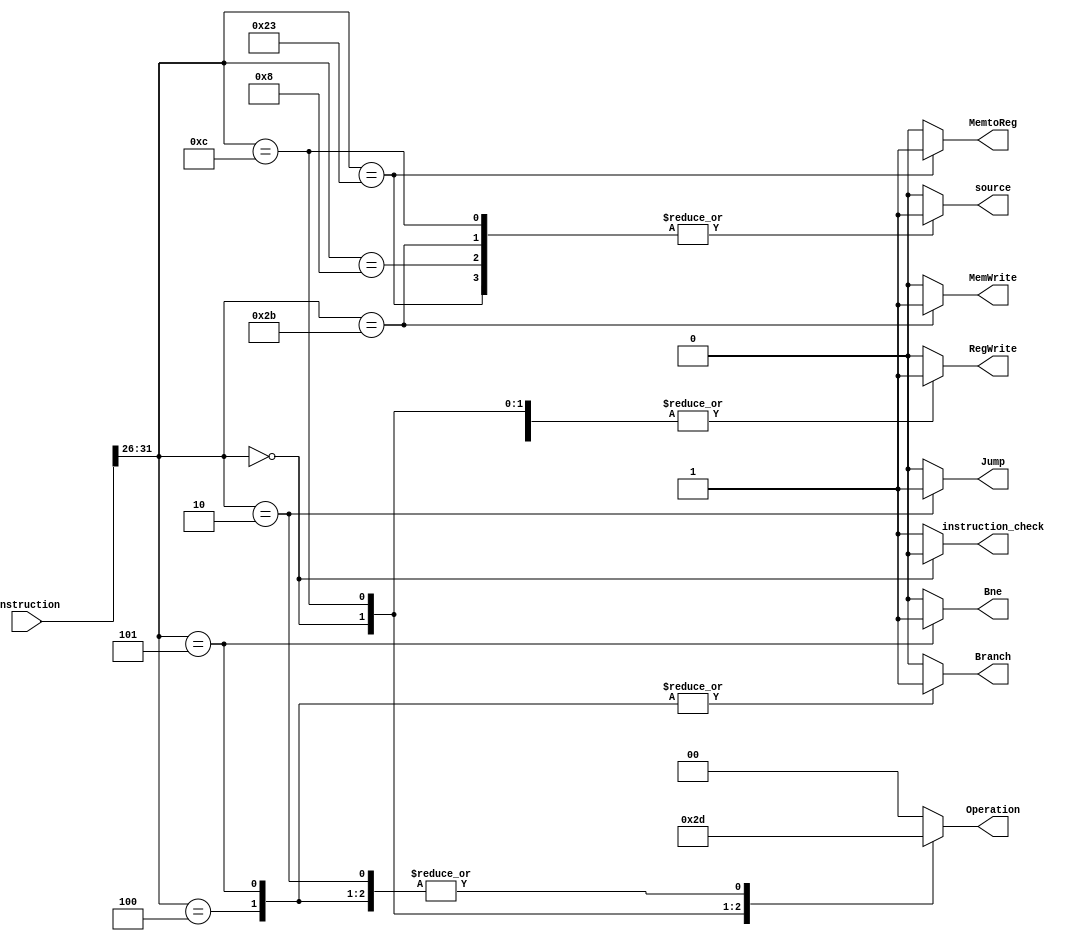
`timescale 1ns / 1ps

module Control ( input [31:0] instruction, output reg instruction_check, output reg Jump, output reg Branch, output reg Bne,  output reg MemtoReg,output reg [1:0] Operation,output reg MemWrite,output reg source,output reg RegWrite);
    
  initial begin
    instruction_check = 0;
    Jump = 0;
    Branch = 0;
    MemtoReg = 0;
    Operation = 2'b00;
    MemWrite = 0;
    source = 0;
    RegWrite = 0;
  end

  always @(instruction) begin
    case (instruction[31:26])
      6'b000000: begin // r-type
        instruction_check = 0;
        source = 0;
        MemtoReg = 0;
        RegWrite = 1;
        MemWrite = 0;
        Branch = 0;
        Bne = 0;
        Operation = 2'b10;
        Jump = 0;
      end
      6'b000010: begin  // j
        instruction_check = 1;  
        source = 0;
        MemtoReg = 0;  
        RegWrite = 0;
        MemWrite = 0;
        Branch = 0;
        Bne = 0;
        Operation = 2'b01;
        Jump = 1;
      end
      6'b001100: begin  // andi
        instruction_check = 1;
        source = 1;
        MemtoReg = 0;
        RegWrite = 1;
        MemWrite = 0;
        Branch = 0;
        Bne = 0;
        Operation = 2'b11;
        Jump = 0;
      end
      6'b101011: begin  // sw
        instruction_check = 1;  
        source = 1;
        MemtoReg = 0;  
        RegWrite = 0;
        MemWrite = 1;
        Branch = 0;
        Bne = 0;
        Operation = 2'b00;
        Jump = 0;
      end
      6'b100011: begin  // lw
        instruction_check = 1;
        source = 1;
        MemtoReg = 1;
        RegWrite = 1;
        MemWrite = 0;
        Branch = 0;
        Bne = 0;
        Operation = 2'b00;
        Jump = 0;
      end
      6'b001000: begin  // addi
        instruction_check = 1;
        source = 1;
        MemtoReg = 0;
        RegWrite = 1;
        MemWrite = 0;
        Branch = 0;
        Bne = 0;
        Operation = 2'b00;
        Jump = 0;
      end
      6'b000100: begin  // beq
        instruction_check = 1;  
        source = 0;
        MemtoReg = 0;  
        RegWrite = 0;
        MemWrite = 0;
        Branch = 1;
        Bne = 0;
        Operation = 2'b01;
        Jump = 0;
      end
      6'b000101: begin  // bne
        instruction_check = 1;  
        source = 0;
        MemtoReg = 0;  
        RegWrite = 0;
        MemWrite = 0;
        Branch = 1;
        Bne = 1;
        Operation = 2'b01;
        Jump = 0;
      end
      default: begin
        instruction_check = 1;  
        source = 0;
        MemtoReg = 0;  
        RegWrite = 0;
        MemWrite = 0;
        Branch = 0;
        Bne = 0;
        Operation = 2'b00;
        Jump = 0;
      end
    endcase
  end

endmodule